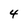
Character: 4